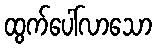
ထွက်ပေါ်လာသော